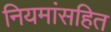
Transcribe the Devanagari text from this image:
नियमांसहित